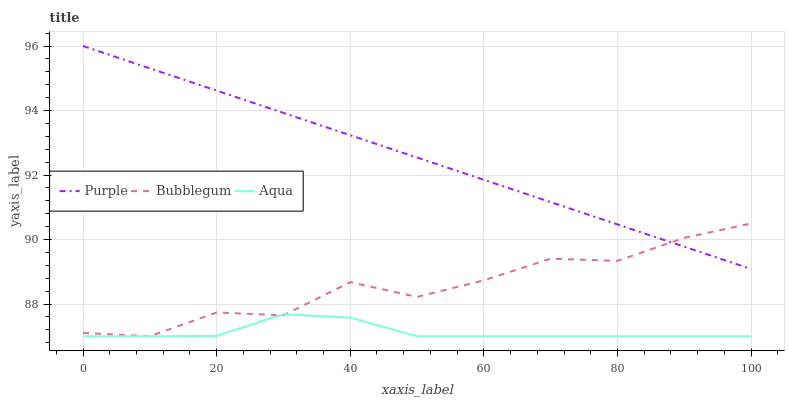
| xaxis_label | Purple | Bubblegum | Aqua |
 | --- | --- | --- | --- |
 | 0 | 96 | 87.1 | 87 |
 | 10 | 95.3 | 87 | 87 |
 | 20 | 94.6 | 87.7 | 87 |
 | 30 | 93.9 | 87.6 | 87.7 |
 | 40 | 93.2 | 88.7 | 87.6 |
 | 50 | 92.5 | 88.2 | 87 |
 | 60 | 91.9 | 88.7 | 87 |
 | 70 | 91.2 | 89.4 | 87 |
 | 80 | 90.5 | 89.3 | 87 |
 | 90 | 89.8 | 90.1 | 87 |
 | 100 | 89.1 | 90.5 | 87 |